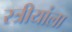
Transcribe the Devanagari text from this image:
स्त्रीयांला